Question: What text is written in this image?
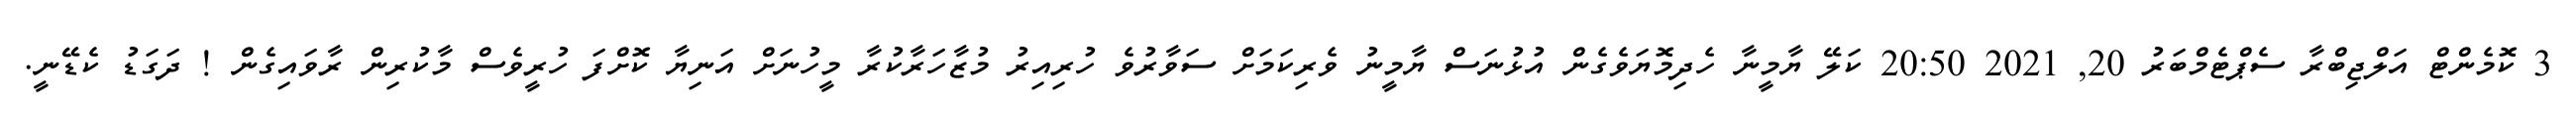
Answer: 3 ކޮމެންޓް އަލްޖިބްރާ ސެޕްޓެމްބަރު 20, 2021 20:50 ކަލޭ ޔާމީނާ ހެދިމޮޔަވެގެން އުޅުނަސް ޔާމީނު ވެރިކަމަށް ސަވާރުވެ ހުރިއިރު މުޒާހަރާކުރާ މީހުނަށް އަނިޔާ ކޮށްފަ ހުރީވެސް މާކުރިން ރާވައިގެން ! ދަގަޑު ކެޑޭނީ.